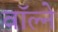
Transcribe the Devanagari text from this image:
वॉल्ने